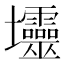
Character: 𱘟